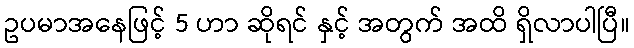
ဥပမာအနေဖြင့် 5 ဟာ ဆိုရင် နှင့် အတွက် အထိ ရှိလာပါပြီ။